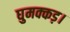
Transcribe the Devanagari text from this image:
घुमक्कड़।